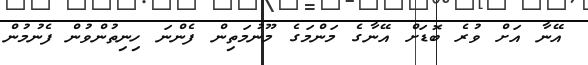
އޭނާ އަށް ވުރެ ބޮޑަށް އޭނާގެ މަންމަގެ މޫނުމަތިން ފެންނަ ހިނިތުންވުން ފެނުމުން